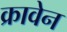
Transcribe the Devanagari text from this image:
क्रावेन